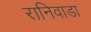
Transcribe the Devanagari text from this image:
रानिवाडा